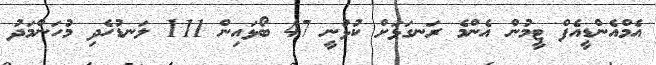
އެމްއެންޑީއެފް ޓީމުން އެންމެ ރަނގަޅަށް ކުޅުނީ 47 ބޯޅައިން 111 ލަނޑުހެދި މުހަންމަދު